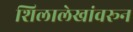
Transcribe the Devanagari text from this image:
शिलालेखांवरून